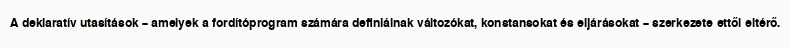
A deklaratív utasítások – amelyek a fordítóprogram számára definiálnak változókat, konstansokat és eljárásokat – szerkezete ettől eltérő.